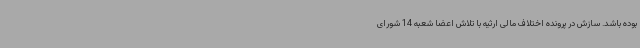
بوده باشد. سازش در پرونده اختلاف مالی ارثیه با تلاش اعضا شعبه 14 شورای